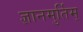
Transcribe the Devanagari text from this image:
ज्ञानमुर्तिम्‌